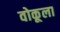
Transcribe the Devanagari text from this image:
वोकूला